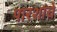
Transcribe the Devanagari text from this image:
पारशांचे